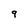
Character: 9